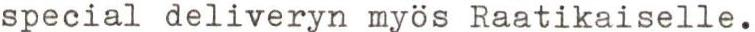
special deliveryn myös Raatikaiselle.